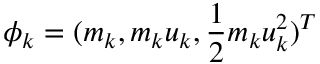
\boldsymbol { \phi } _ { k } = ( m _ { k } , m _ { k } \boldsymbol { u } _ { k } , \frac { 1 } { 2 } m _ { k } \boldsymbol { u } _ { k } ^ { 2 } ) ^ { T }